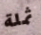
ثملة